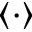
\langle \cdot \rangle